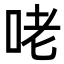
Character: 咾